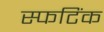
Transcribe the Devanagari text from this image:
स्फटिंक